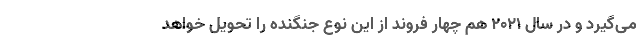
می‌گیرد و در سال ۲۰۲۱ هم چهار فروند از این نوع جنگنده را تحویل خواهد